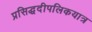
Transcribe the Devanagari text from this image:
प्रसिद्धदीपलिकयात्र